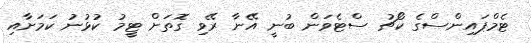
ޓެމްޕައިންސްގެ ކޯޗު ސްޓެވަން ބުނީ އޭނާ ރޭވި ގޮތަށް ޓީމު ކުޅުނު ކަމަށާއި